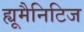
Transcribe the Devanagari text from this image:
ह्यूमैनिटिज